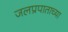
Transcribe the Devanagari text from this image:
जलप्रपाताच्या